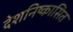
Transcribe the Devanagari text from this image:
देशनिष्कासित